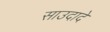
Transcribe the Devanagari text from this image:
साउदादे